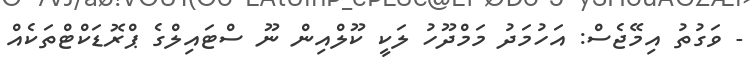
- ވަގުތު އިމޭޖެސް: އަހުމަދު މަމްދޫހު ލަކީ ކޫލްއިން ނޫ ސްޓައިލްގެ ޕްރޮޑަކްޓްތަކެއް